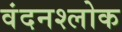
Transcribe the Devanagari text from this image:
वंदनश्लोक